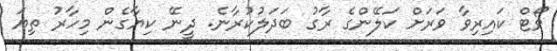
ވޯޓް ކައިރިވާ ވަރަށް ކަލޭންގެ ރާގު ބަދަލުކުރާނެ. ދީނޭ ކިޔާގެން މިހާރު ތިޔަ